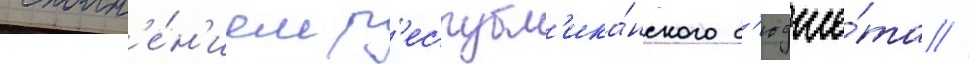
исполн'е́н'ием р'еспубл'ика́нского б'юдже́та //